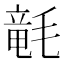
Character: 𣯡